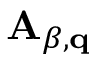
\mathbf { A } _ { \beta , \mathbf { q } }